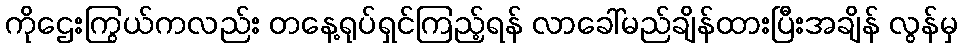
ကိုဌေးကြွယ်ကလည်း တနေ့ရုပ်ရှင်ကြည့်ရန် လာခေါ်မည်ချိန်ထားပြီးအချိန် လွန်မှ